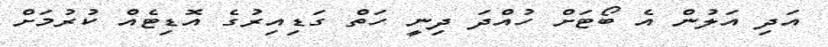
އަދި އަލުން އެ ބޯޓަށް ހުއްދަ ދިނީ ހަތް ގަޑިއިރުގެ އޮޑިޓެއް ކުރުމަށް